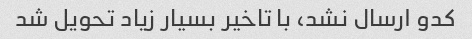
کدو ارسال نشد، با تاخیر بسیار زیاد تحویل شد